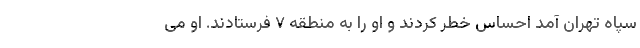
سپاه تهران آمد احساس خطر کردند و او را به منطقه ۷ فرستادند. او می